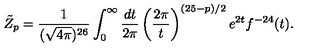
\tilde { Z } _ { p } = \frac { 1 } { ( \sqrt { 4 \pi } ) ^ { 2 6 } } \int _ { 0 } ^ { \infty } \frac { d t } { 2 \pi } \left( \frac { 2 \pi } { t } \right) ^ { ( 2 5 - p ) / 2 } e ^ { 2 t } f ^ { - 2 4 } ( t ) .